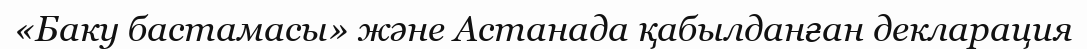
«Баку бастамасы» және Астанада қабылданған декларация